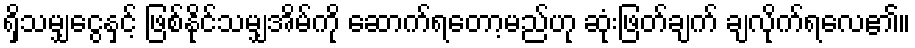
ရှိသမျှငွေနှင့် ဖြစ်နိုင်သမျှအိမ်ကို ဆောက်ရတော့မည်ဟု ဆုံးဖြတ်ချက် ချလိုက်ရလေ၏။